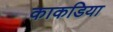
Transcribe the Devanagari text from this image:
काकडिया